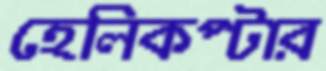
হেলিকপ্টার